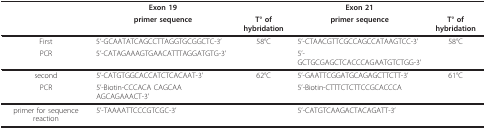
<table><thead><tr><td></td><td><b>Exon 19</b></td><td></td><td><b>Exon 21</b></td><td></td></tr><tr><td></td><td><b>primer sequence</b></td><td><b>T° of hybridation</b></td><td><b>primer sequence</b></td><td><b>T° of hybridation</b></td></tr></thead><tbody><tr><td>First</td><td>5&#x27;-GCAATATCAGCCTTAGGTGCGGCTC-3&#x27;</td><td>58°C</td><td>5&#x27;-CTAACGTTCGCCAGCCATAAGTCC-3&#x27;</td><td>58°C</td></tr><tr><td>PCR</td><td>5&#x27;-CATAGAAAGTGAACATTTAGGATGTG-3&#x27;</td><td></td><td>5&#x27;-GCTGCGAGCTCACCCAGAATGTCTGG-3&#x27;</td><td></td></tr><tr><td>second</td><td>5&#x27;-CATGTGGCACCATCTCACAAT-3&#x27;</td><td>62°C</td><td>5&#x27;-GAATTCGGATGCAGAGCTTCTT-3&#x27;</td><td>61°C</td></tr><tr><td>PCR</td><td>5&#x27;-Biotin-CCCACA CAGCAA AGCAGAAACT-3&#x27;</td><td></td><td>5&#x27;-Biotin-CTTTCTCTTCCGCACCCA</td><td></td></tr><tr><td>primer for sequence reaction</td><td>5&#x27;-TAAAATTCCCGTCGC-3&#x27;</td><td></td><td>5&#x27;-CATGTCAAGACTACAGATT-3&#x27;</td><td></td></tr></tbody></table>